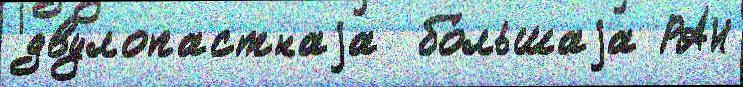
двулопастнаjа  бо́льшаjа РАН